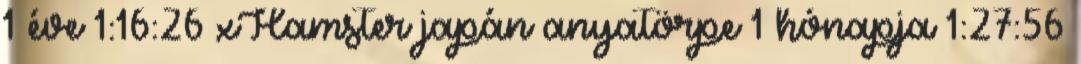
1 éve 1:16:26 xHamster japán anyatörpe 1 hónapja 1:27:56